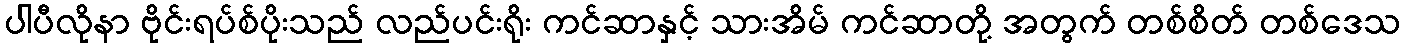
ပါပီလိုနာ ဗိုင်းရပ်စ်ပိုးသည် လည်ပင်းရိုး ကင်ဆာနှင့် သားအိမ် ကင်ဆာတို့ အတွက် တစ်စိတ် တစ်ဒေသ